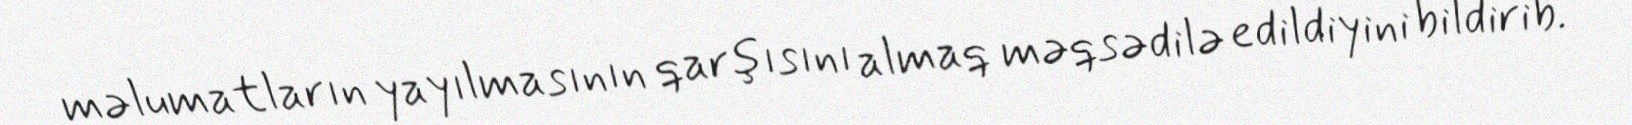
məlumatların yayılmasının qarşısını almaq məqsədilə edildiyini bildirib.